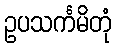
ဥပသင်္ကမိတုံ